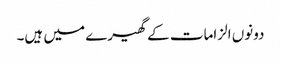
دونوں الزامات کے گھیرے میں ہیں۔